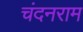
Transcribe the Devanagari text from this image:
चंदनराम